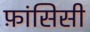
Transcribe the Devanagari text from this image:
फ़ांसिसी